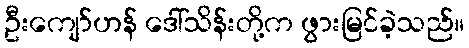
ဦးကျော်ဟန် ဒေါ်သိန်းတို့က ဖွားမြင်ခဲ့သည်။